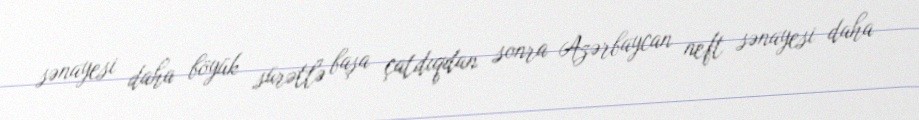
sənayesi daha böyük sürətlə başa çatdıqdan sonra Azərbaycan neft sənayesi daha